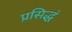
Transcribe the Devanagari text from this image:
प्रसिद्धं